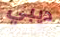
ديبي